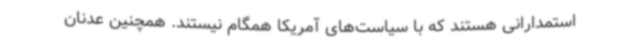
استمدارانی هستند که با سیاست‌های آمریکا همگام نیستند. همچنین عدنان